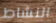
النشاط